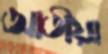
আতীয়া